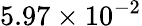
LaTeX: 5.97\times 10^{-2}